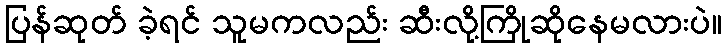
ပြန်ဆုတ် ခဲ့ရင် သူမကလည်း ဆီးလို့ကြိုဆိုနေမလားပဲ။